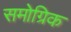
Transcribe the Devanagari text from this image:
समोग्रिक